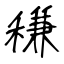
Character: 稴